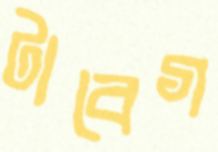
টাবেগ